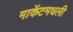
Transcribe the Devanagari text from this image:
मार्केटमधली